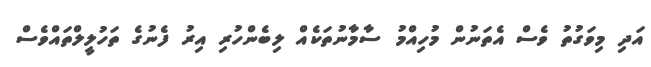
އަދި މިވަގުތު ވެސް އެތަނުން މުހިއްމު ސާމާނުތަކެއް ލިބެންހުރި އިރު ފެނުގެ ތަހުލީލްތައްވެސް